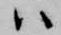
ハ